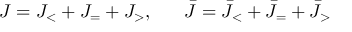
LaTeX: { \cal J } = { \cal J } _ { < } + { \cal J } _ { = } + { \cal J } _ { > } , ~ ~ ~ ~ ~ \bar { \cal J } = \bar { \cal J } _ { < } + \bar { \cal J } _ { = } + \bar { \cal J } _ { > }